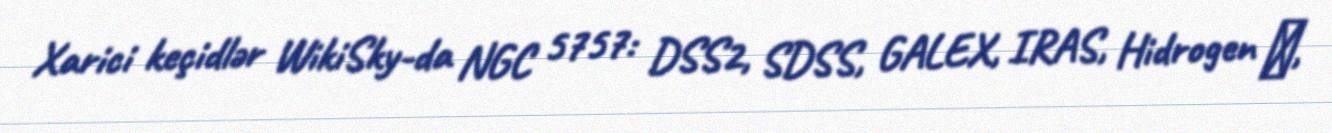
Xarici keçidlər WikiSky-da NGC 5757: DSS2, SDSS, GALEX, IRAS, Hidrogen α,